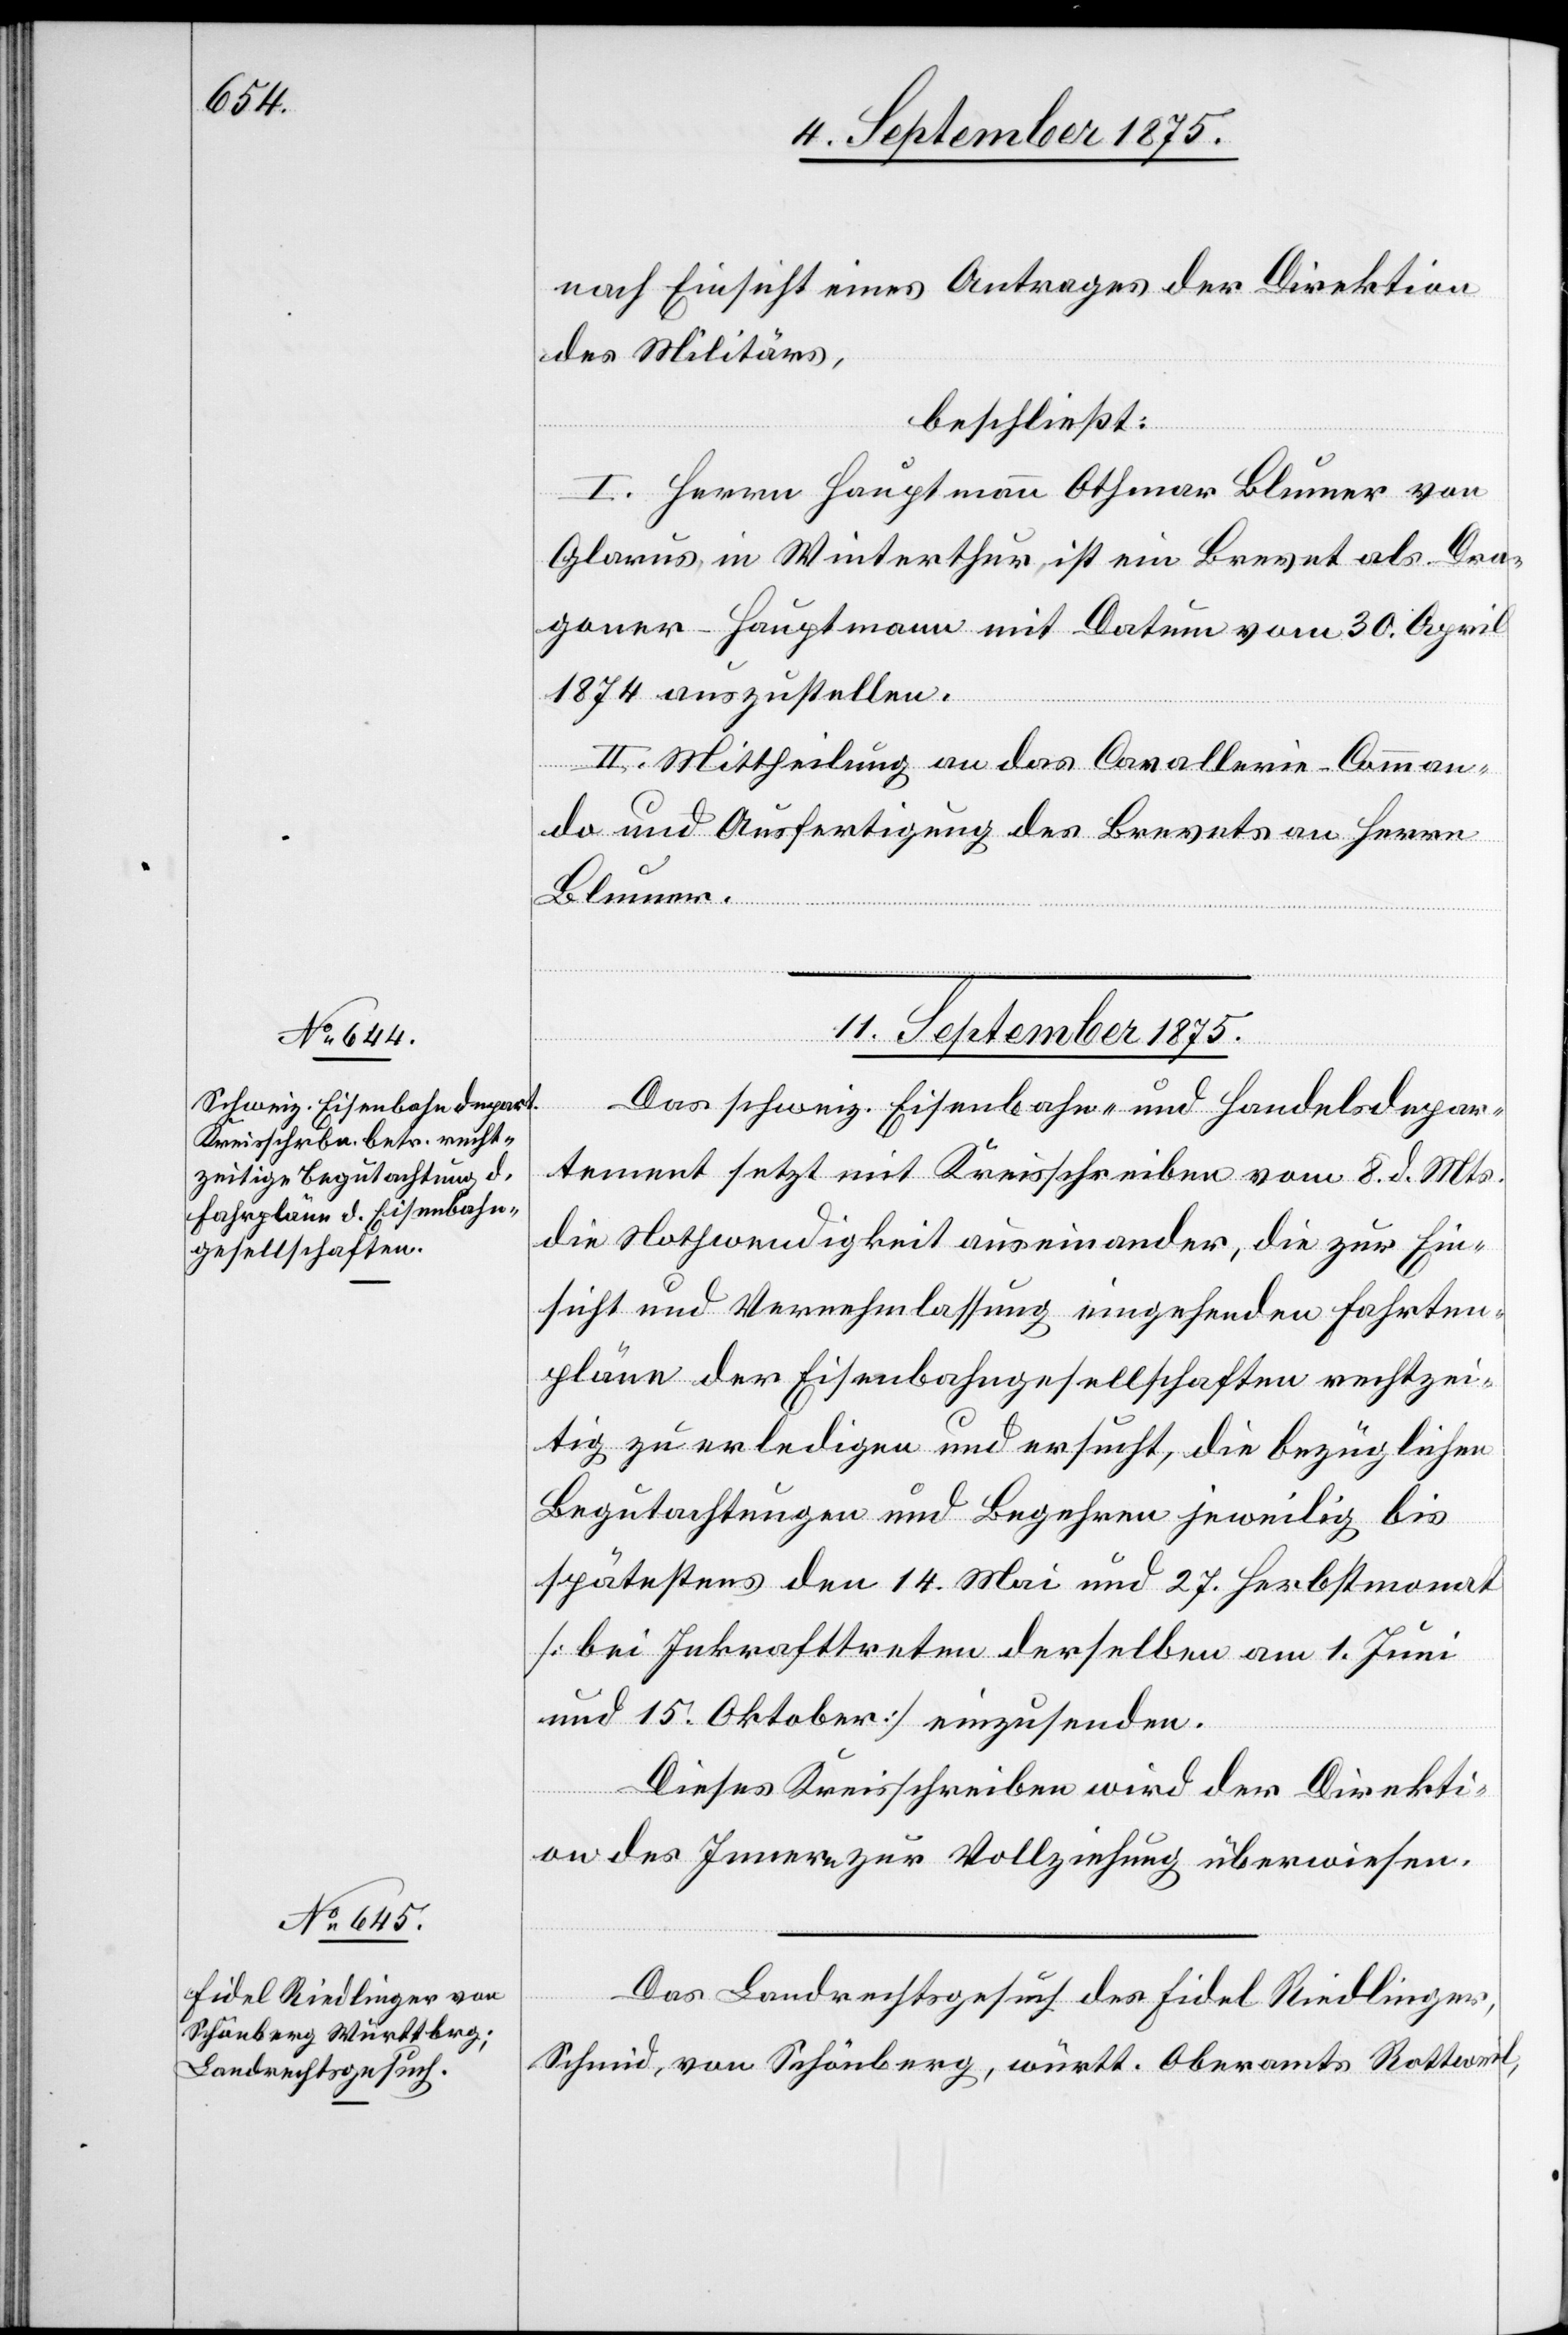
nach Einsicht eins Antrages der Direktion
des Militärs,
beschließt:
I. Herrn Hauptmann Othmar Blumer von
Glarus, in Winterthur, ist ein Brevet als Dra¬
goner-Hauptmann mit Datum vom 30. April
1874 auszustellen.
II. Mittheilung an das Cavallerie-Comman¬
do und Ausfertigung des Brevets an Herrn
Blumer.
11. September 1875.]
Das schweiz. Eisenbahn- und Handelsdepar¬
tement setzt mit Kreisschreiben vom 8. d. Mts.
die Nothwendigkeit auseinander, die zur Ein¬
sicht und Vernehmlassung eingehenden Fahrten¬
pläne der Eisenbahngesellschaften rechtzei¬
tig zu erledigen und ersucht, die bezüglichen
Begutachtungen und Begehren jeweilig bis
spätestens den 14. Mai und 27. Herbstmonat
[bei Inkrafttreten derselben am 1. Juni
und 15. Oktober] einzusenden.
Dieses Kreisschreiben wird der Direkti¬
on des Innern zur Vollziehung überwiesen.
Das Landrechtsgesuch des Fidel Riedlinger,
Schmid von Schönberg, württ. Oberamts Rottweil;